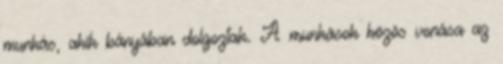
munkás, akik bányában dolgoztak. A munkások közös vonása az